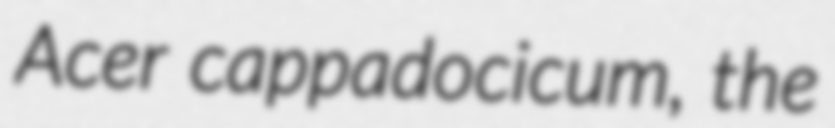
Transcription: Acer cappadocicum, the